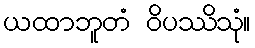
ယထာဘူတံ ဝိပဿိသုံ။